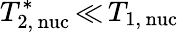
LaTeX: T_{\mathrm{2,\, nuc}}^{\ast}\, {\ll}\, T_{\mathrm{1,\, nuc}}